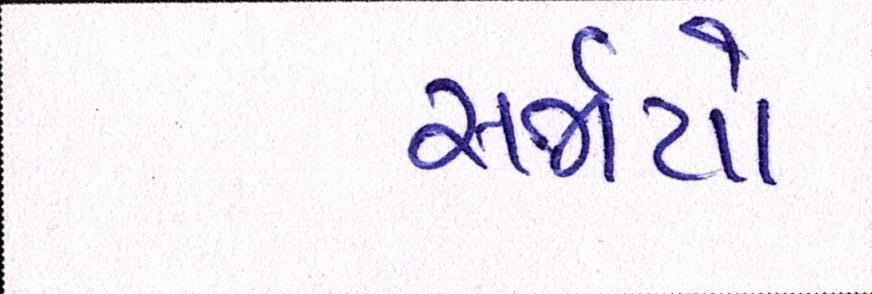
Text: સર્જયો